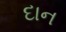
દાન